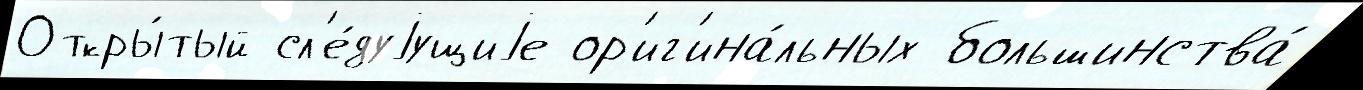
Откры́тый сл'е́дуjущиjе ор'иг'ина́льных большинства́